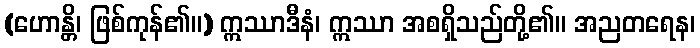
(ဟောန္တိ၊ ဖြစ်ကုန်၏။) ဣဿာဒီနံ၊ ဣဿာ အစရှိသည်တို့၏။ အညတရေန၊